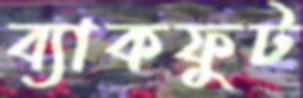
ব্যাকফুট